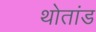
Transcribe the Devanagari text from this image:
थोतांड